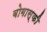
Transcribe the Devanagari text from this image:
बोगास्की